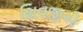
શિવજીએ